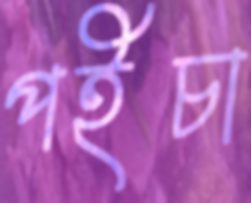
পইচা